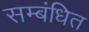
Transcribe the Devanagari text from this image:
सम्‍बंधित